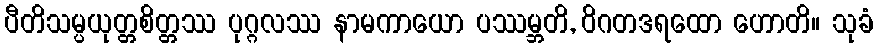
ပီတိသမ္ပယုတ္တစိတ္တဿ ပုဂ္ဂလဿ နာမကာယော ပဿမ္ဘတိ, ဝိဂတဒရထော ဟောတိ။ သုခံ